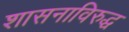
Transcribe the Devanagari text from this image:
शासनाविरुद्ध